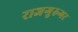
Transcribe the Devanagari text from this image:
राजगुरुगर